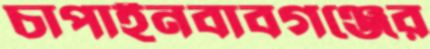
চাপাইনবাবগঞ্জের